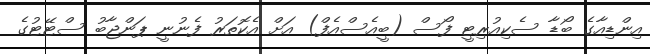
އިންޑިއާގެ ބޯޑާ ސެކިއުރިޓީ ފޯސް (ބީއެސްއެފް) އަށް އެކޮތަރު ފެނުނީ ޕަންޖާބު ސްޓޭޓުގެ